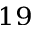
^ { 1 9 }